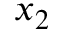
x _ { 2 }